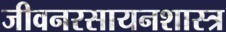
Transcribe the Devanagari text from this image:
जीवनरसायनशास्त्र